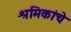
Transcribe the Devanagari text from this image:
श्रमिकांचे